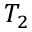
T _ { 2 }